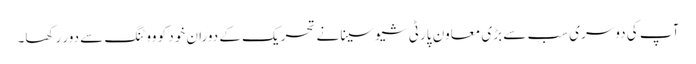
آپ کی دوسری سب سے بڑی معاون پارٹی شیوسینا نے تحریک کے دوران خود کو ووٹنگ سے دور رکھا۔